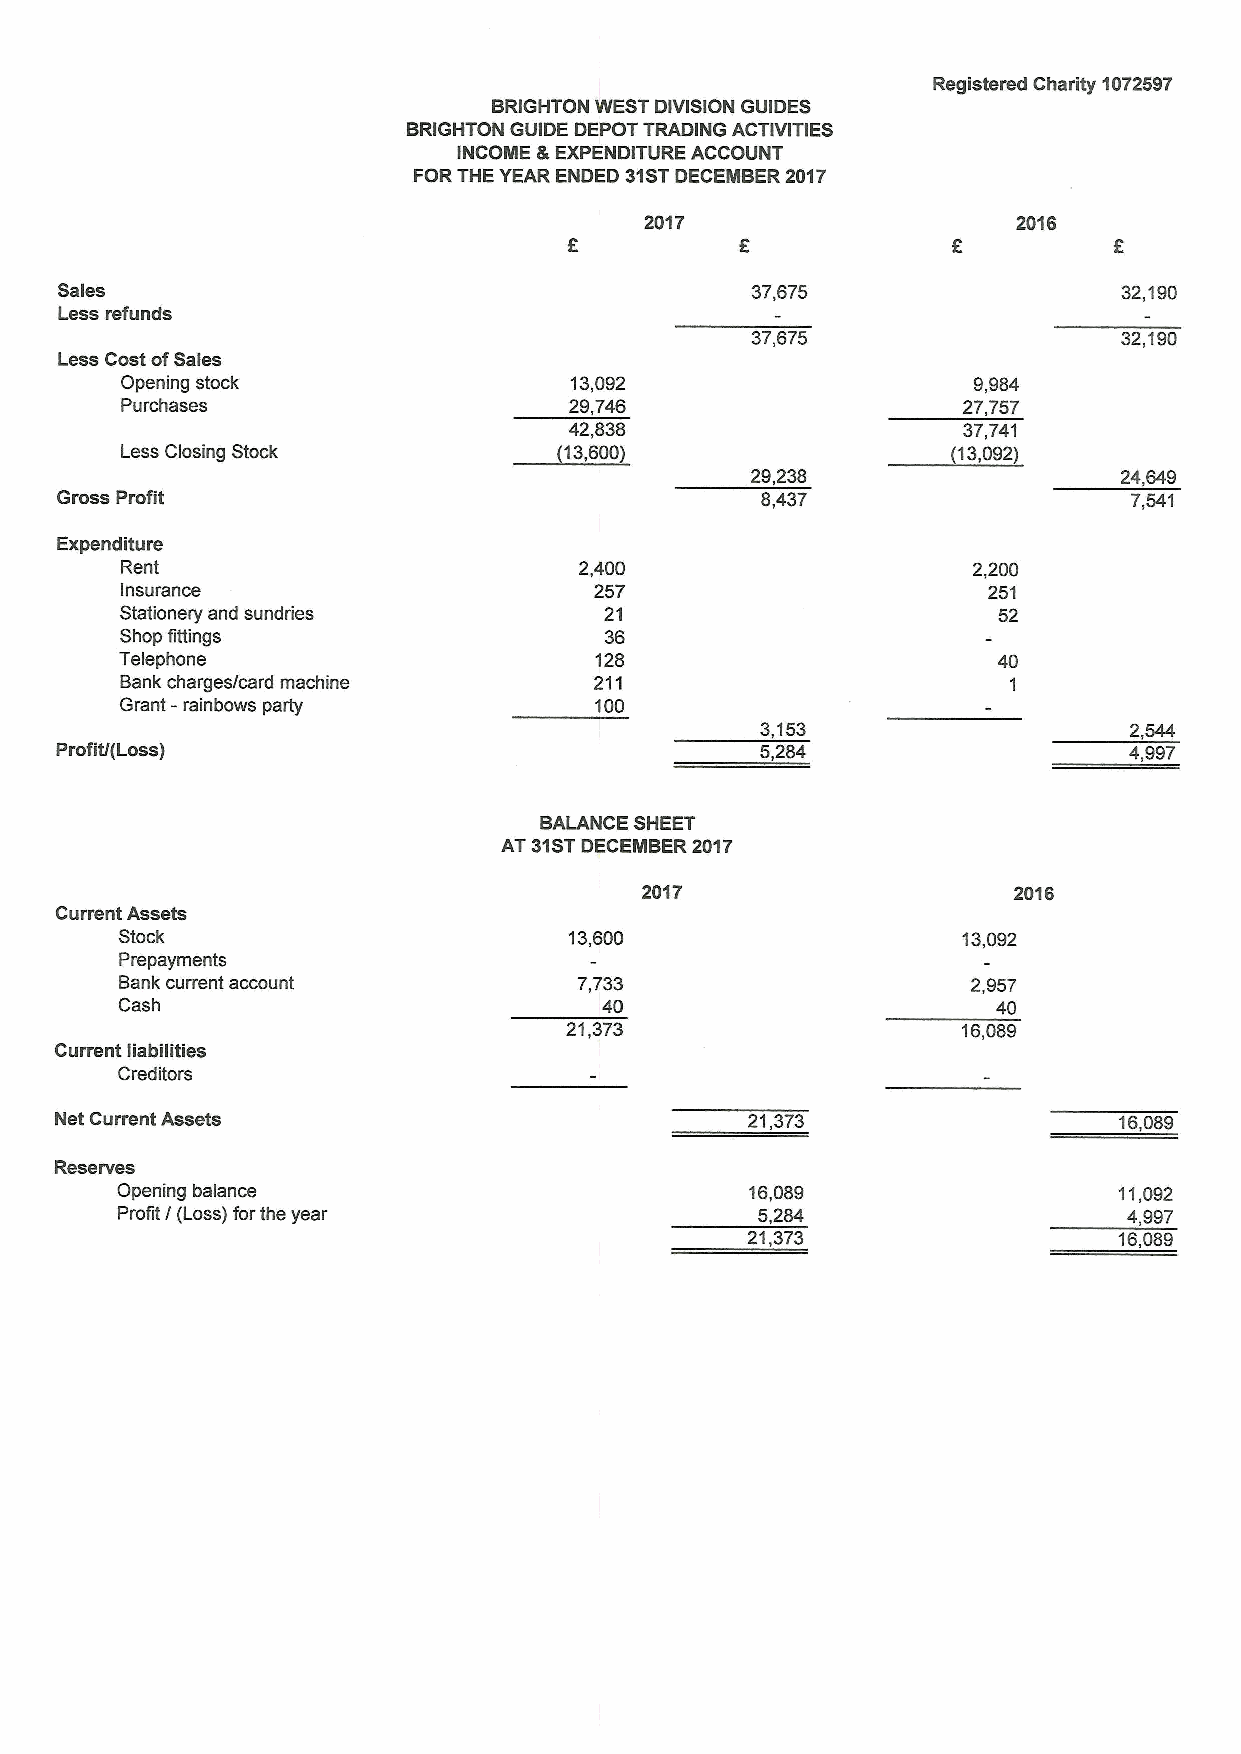
Registered Charity 1072597
 BRIGHTON WEST DIVISION GUIDES
 BRIGHTON GUIDE DEPOT TRADING ACTIVITIES
 INCOME &EXPENDITURE ACCOUNT
 FOR THE YEAR ENDED 31STDECEMBER 2017
 2017                    2016
 Sales                                         37,675                  32,190
 Less refunds
 37,675                  32,190
 Less Cost ofSales
 Opening stock                 13,092                    9,984
 Purchases                     29,746                    27,757
 42,838                    37,741
 Less Closing Stock           (13,600)                  (13,092)
 29,238                  24,649
 Gross Profit                                  8,437                    7,541
 Expenditure
 Rent                          2,400                     2,200
 Insurance                      257                       251
 Stationery and sundries         21                        52
 Shop fittings                   36
 Telephone                      128                        40
 Bank charges/card machine      211                         1
 Grant - rainbows party         100
 3,153                    2,544
 Profit/{Loss)                                 5,284                    4,997
 BALANCE SHEET
 AT 31STDECEMBER 2017
 2017                     2016
 Current Assets
 Stock                         13,600                    13,092
 Prepayments
 Bank current account          7,733                     2,957
 Cash                            40                        40
 21,373                     16,089
 Current liabilities
 Creditors
 Net Current Assets                           21.373                   16,089
 Reserves
 Opening balance                           16,089                  11,092
 Profit I(Loss) forthe year                5,284                    4,997
 21,373                   16,089